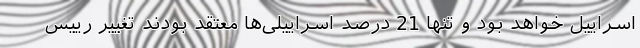
اسراییل خواهد بود و تنها 21 درصد اسراییلی‌ها معتقد بودند تغییر رییس